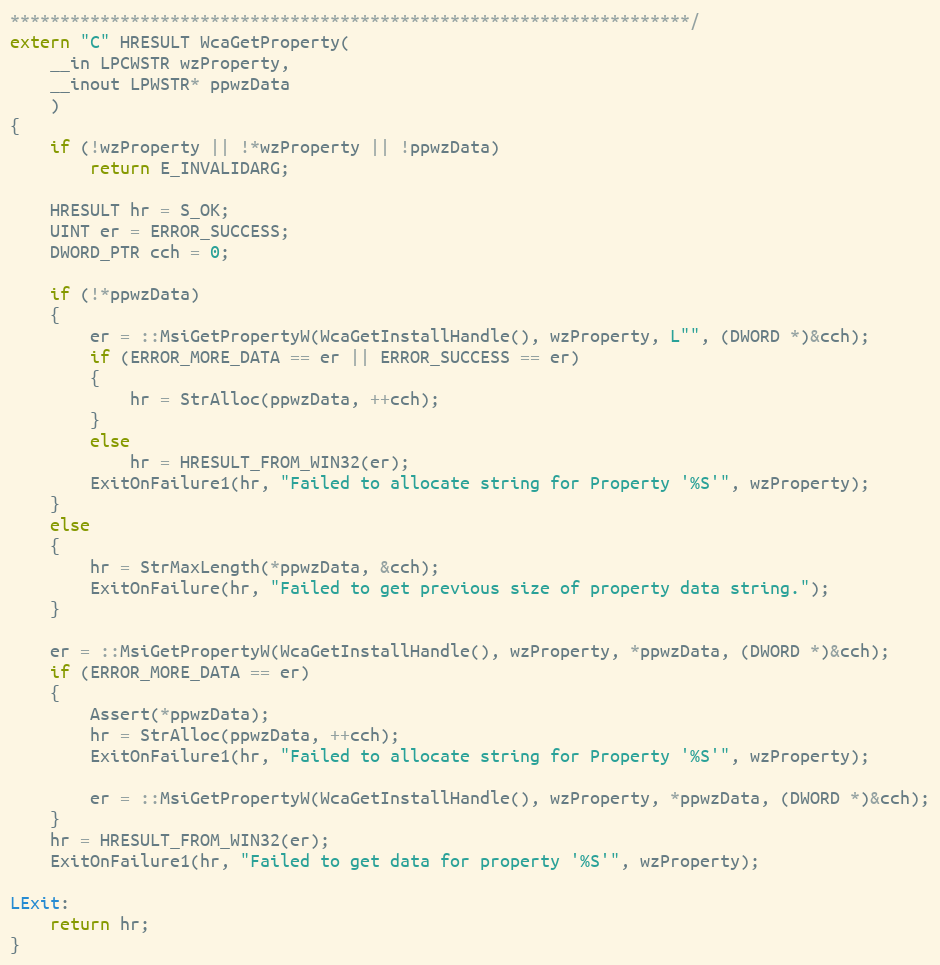
Language: C++
********************************************************************/
extern "C" HRESULT WcaGetProperty(
	__in LPCWSTR wzProperty,
	__inout LPWSTR* ppwzData
	)
{
	if (!wzProperty || !*wzProperty || !ppwzData)
		return E_INVALIDARG;

	HRESULT hr = S_OK;
	UINT er = ERROR_SUCCESS;
	DWORD_PTR cch = 0;

	if (!*ppwzData)
	{
		er = ::MsiGetPropertyW(WcaGetInstallHandle(), wzProperty, L"", (DWORD *)&cch);
		if (ERROR_MORE_DATA == er || ERROR_SUCCESS == er)
		{
			hr = StrAlloc(ppwzData, ++cch);
		}
		else
			hr = HRESULT_FROM_WIN32(er);
		ExitOnFailure1(hr, "Failed to allocate string for Property '%S'", wzProperty);
	}
	else
	{
		hr = StrMaxLength(*ppwzData, &cch);
		ExitOnFailure(hr, "Failed to get previous size of property data string.");
	}

	er = ::MsiGetPropertyW(WcaGetInstallHandle(), wzProperty, *ppwzData, (DWORD *)&cch);
	if (ERROR_MORE_DATA == er)
	{
		Assert(*ppwzData);
		hr = StrAlloc(ppwzData, ++cch);
		ExitOnFailure1(hr, "Failed to allocate string for Property '%S'", wzProperty);

		er = ::MsiGetPropertyW(WcaGetInstallHandle(), wzProperty, *ppwzData, (DWORD *)&cch);
	}
	hr = HRESULT_FROM_WIN32(er);
	ExitOnFailure1(hr, "Failed to get data for property '%S'", wzProperty);

LExit:
	return hr;
}